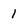
Character: 1